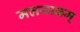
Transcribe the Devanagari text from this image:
मलयाळम्‌